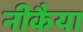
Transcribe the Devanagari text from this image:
नीकैया